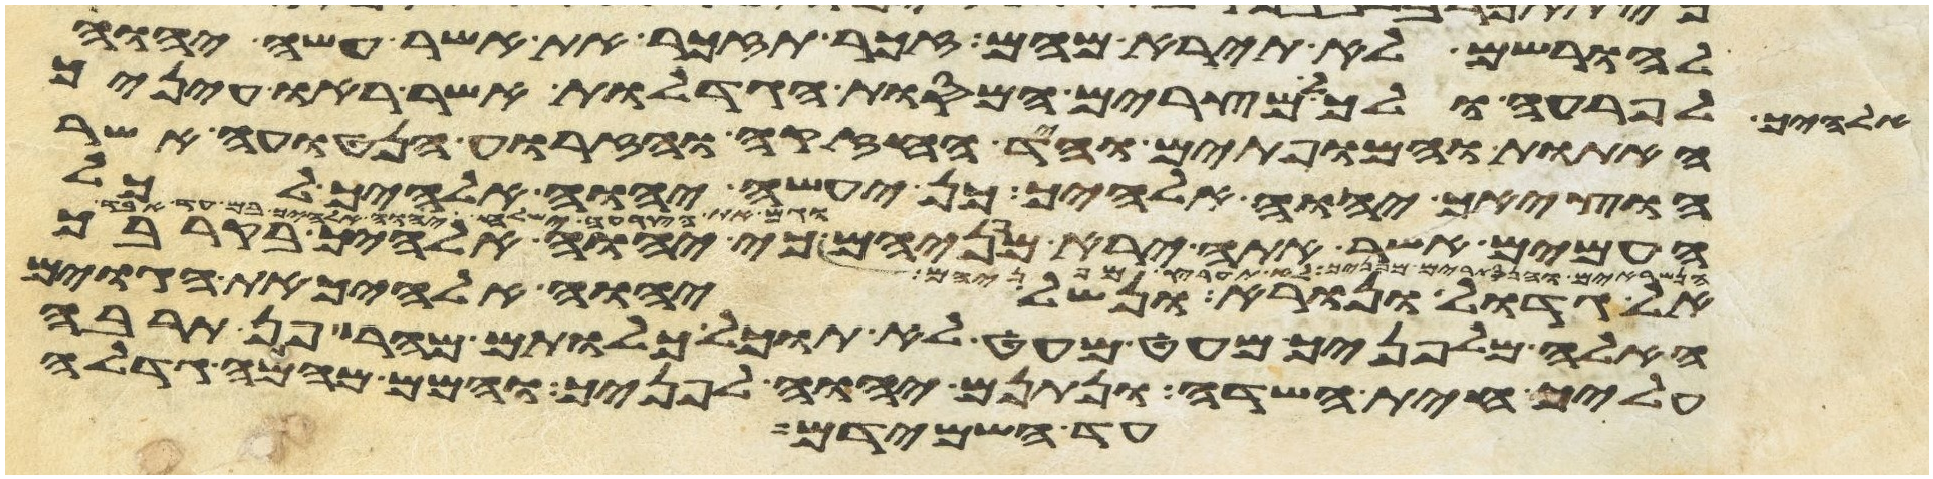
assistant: להורישם לא תירא מהם זכר תזכר את אשר עשה יהוה
אלהיך לפרעה ולכל מצרים המסות הגדלות אשר ראו עיניך
האתות והמופתים והיד החזקה והזרוע הנטויה אשר
הוציאך יהוה אלהיך כן יעשה יהוה אלהיך לכל
מפניך לא תערץ מפניהם כי יהוה אלהיך בקרבך
אל גדול ונורא ונשל יהוה אלהיך את הגוים
האלה מלפניך מעט מעט לא תוכל כלותם מהר פן תרבה
עליך חית השדה ונתנם יהוה אלהיך לפניך והמם מהמה גדלה
עד השמידם